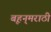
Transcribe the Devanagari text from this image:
बृहन्‌मराठी